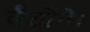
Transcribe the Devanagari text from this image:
बैठोगे।